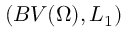
( B V ( \Omega ) , L _ { 1 } )